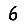
Digit: 6